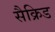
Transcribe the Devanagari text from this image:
सैक्रिड